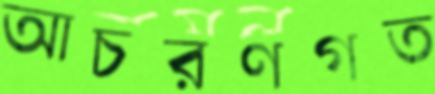
আচরণগত